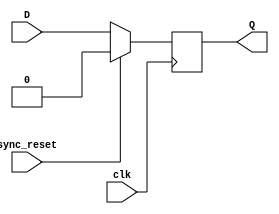
module d_flip_flop(D, clk, sync_reset, Q);

input D; //Data input
input clk; //clock input
input sync_reset; //synchronous reset

output reg Q; //output Q

always @(posedge clk)
	begin
		if(sync_reset == 1'b1)
			Q <= 1'b0;
		else
			Q <= D;
	end
endmodule